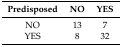
| Predisposed | NO | YES |
 | --- | --- | --- |
 | NO | 13 | 7 |
 | YES | 8 | 32 |